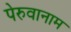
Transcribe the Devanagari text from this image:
पेरुवानाम